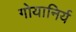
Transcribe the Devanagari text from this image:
गोयानिर्य